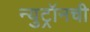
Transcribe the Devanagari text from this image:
न्युट्रॉनची